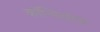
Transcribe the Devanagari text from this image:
कॉन्डिलोमा